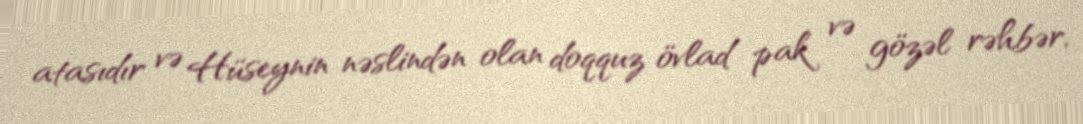
atasıdır və Hüseynin nəslindən olan doqquz övlad pak və gözəl rəhbər,